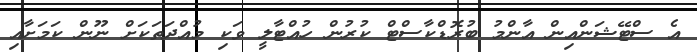
އެ ސްޓޭޝަންއިން އާންމު ބުރޮޑްކާސްޓް ކުރުން ހުއްޓާލީ ވަކި މުއްދަތަކަށް ނޫން ކަމަށާއި